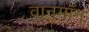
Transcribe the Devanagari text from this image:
वानमॉन